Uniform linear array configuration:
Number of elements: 48
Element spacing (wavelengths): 1
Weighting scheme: blackman
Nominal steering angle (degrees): -45
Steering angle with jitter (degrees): -46.557
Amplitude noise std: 0.05
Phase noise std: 0.05

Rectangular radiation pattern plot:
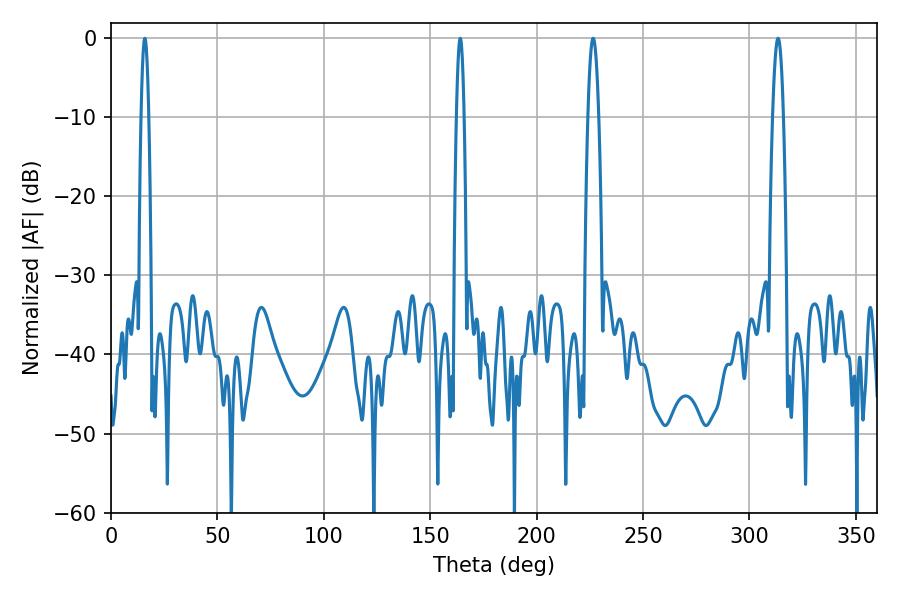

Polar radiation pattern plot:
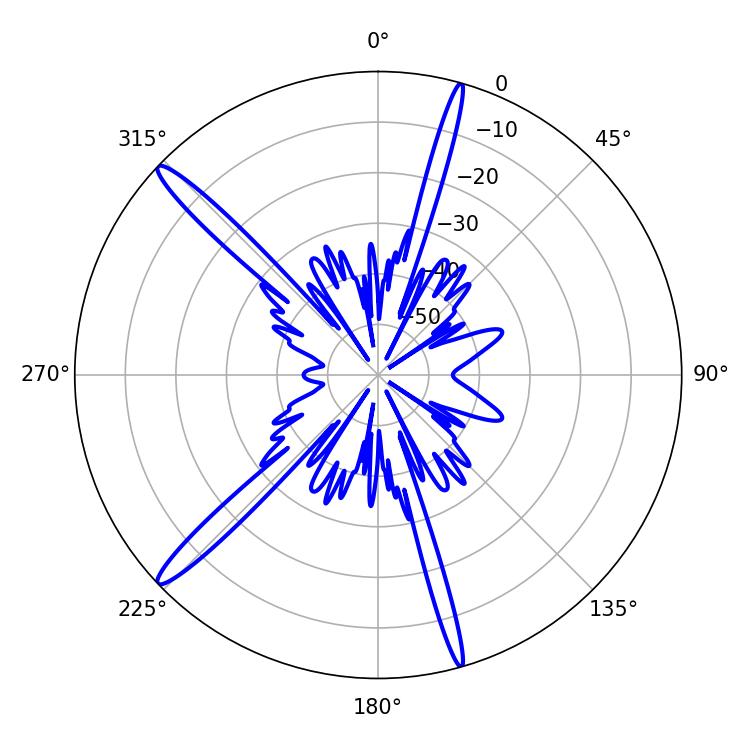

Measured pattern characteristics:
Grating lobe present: TRUE
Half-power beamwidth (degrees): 2.7
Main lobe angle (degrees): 313.38